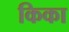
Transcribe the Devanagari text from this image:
किका